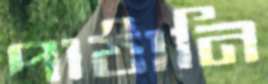
পাঠানি